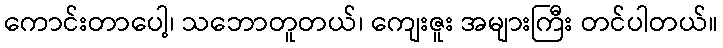
ကောင်းတာပေါ့၊ သဘောတူတယ်၊ ကျေးဇူး အများကြီး တင်ပါတယ်။